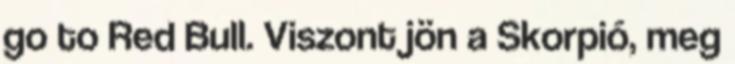
go to Red Bull. Viszont jön a Skorpió, meg